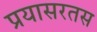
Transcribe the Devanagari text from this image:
प्रयासरतस